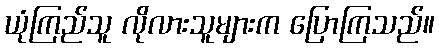
ယုံကြည်သူ လိုလားသူများက ပြောကြသည်။